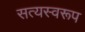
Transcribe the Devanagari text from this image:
सत्‍यस्‍वरूप